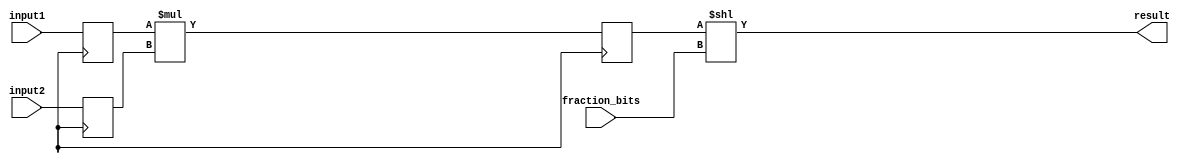
module fixed_point_multiplier (
    input [15:0] input1, // First fixed-point input with 16 bits
    input [15:0] input2, // Second fixed-point input with 16 bits
    input [7:0] fraction_bits, // Number of fractional bits
    output reg [31:0] result // Fixed-point result with 32 bits
);

reg [15:0] input1_reg, input2_reg; // Registers to store the input numbers
reg [31:0] product; // Register to store the product of the input numbers

always @(posedge clk) begin // Clocked process for multiplication
    input1_reg <= input1;
    input2_reg <= input2;

    product <= input1_reg * input2_reg; // Perform multiplication
end

always @* begin // Combinational process for fixed-point result
    result <= product << fraction_bits; // Shift the product to apply fractional bits
end

endmodule